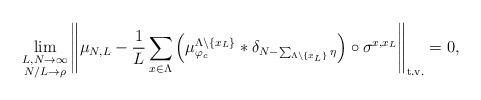
LaTeX: \begin{align*}\lim_{\substack{ L,N\rightarrow\infty\\ N/L\rightarrow\rho}}\left\|\mu_{N,L} - \frac{1}{L} \sum_{x\in\Lambda} \left(\mu_{\varphi_c}^{\Lambda\setminus\{x_L\}}\ast\delta_{N-\sum_{\Lambda\setminus\{x_L\}} \eta } \right)\circ \sigma^{x,x_L}\right\|_{\rm{t.v.}} = 0, \end{align*}